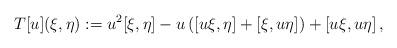
LaTeX: \begin{align*} T[u](\xi,\eta) := u^2[\xi,\eta] -u\left ( [u\xi , \eta] + [\xi,u\eta] \right) + [u\xi,u\eta]\, , \end{align*}